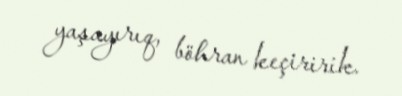
yaşayırıq, böhran keçiririk.